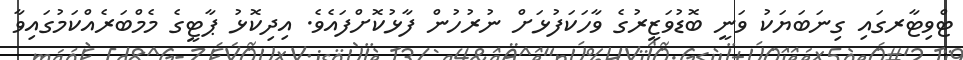
ޓްވިޓާރގައި ގިނަބަޔަކު ވަނީ ބޮޑުވަޒީރުގެ ވާހަކަފުޅަށް ނުރުހުން ފާޅުކޮށްފައެވެ. އިދިކޮޅު ޕާޓީގެ މެމްބަރެއްކަމުގައިވާ